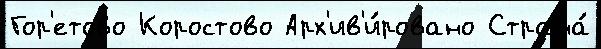
Гор'етово Коростово Арх'ив'и́ровано Страна́